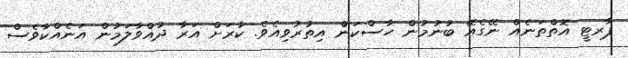
ޕާރޓީ އޮތްތަނެއް ނޭގެއޭ ބުނުމުން ހާސްކަން އިތުރުވިއެވެ. ކާރަށް އަރާ ދުއްވާލަމުން އަނެއްކާވެސް